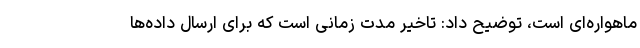
ماهواره‌ای است، توضیح داد: تاخیر مدت زمانی است که برای ارسال داده‌ها